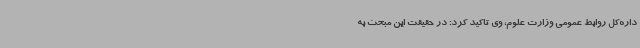
داره‌کل روابط عمومی وزارت علوم، وی تاکید کرد: در حقیقت این مبحث به